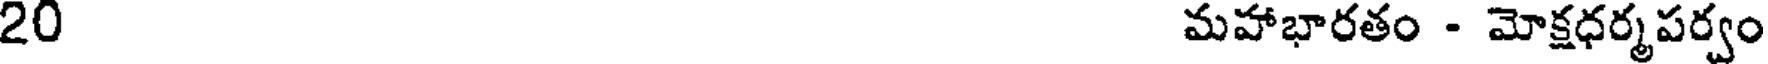
20 మహాభారతం - మోక్షధర్మపర్వం